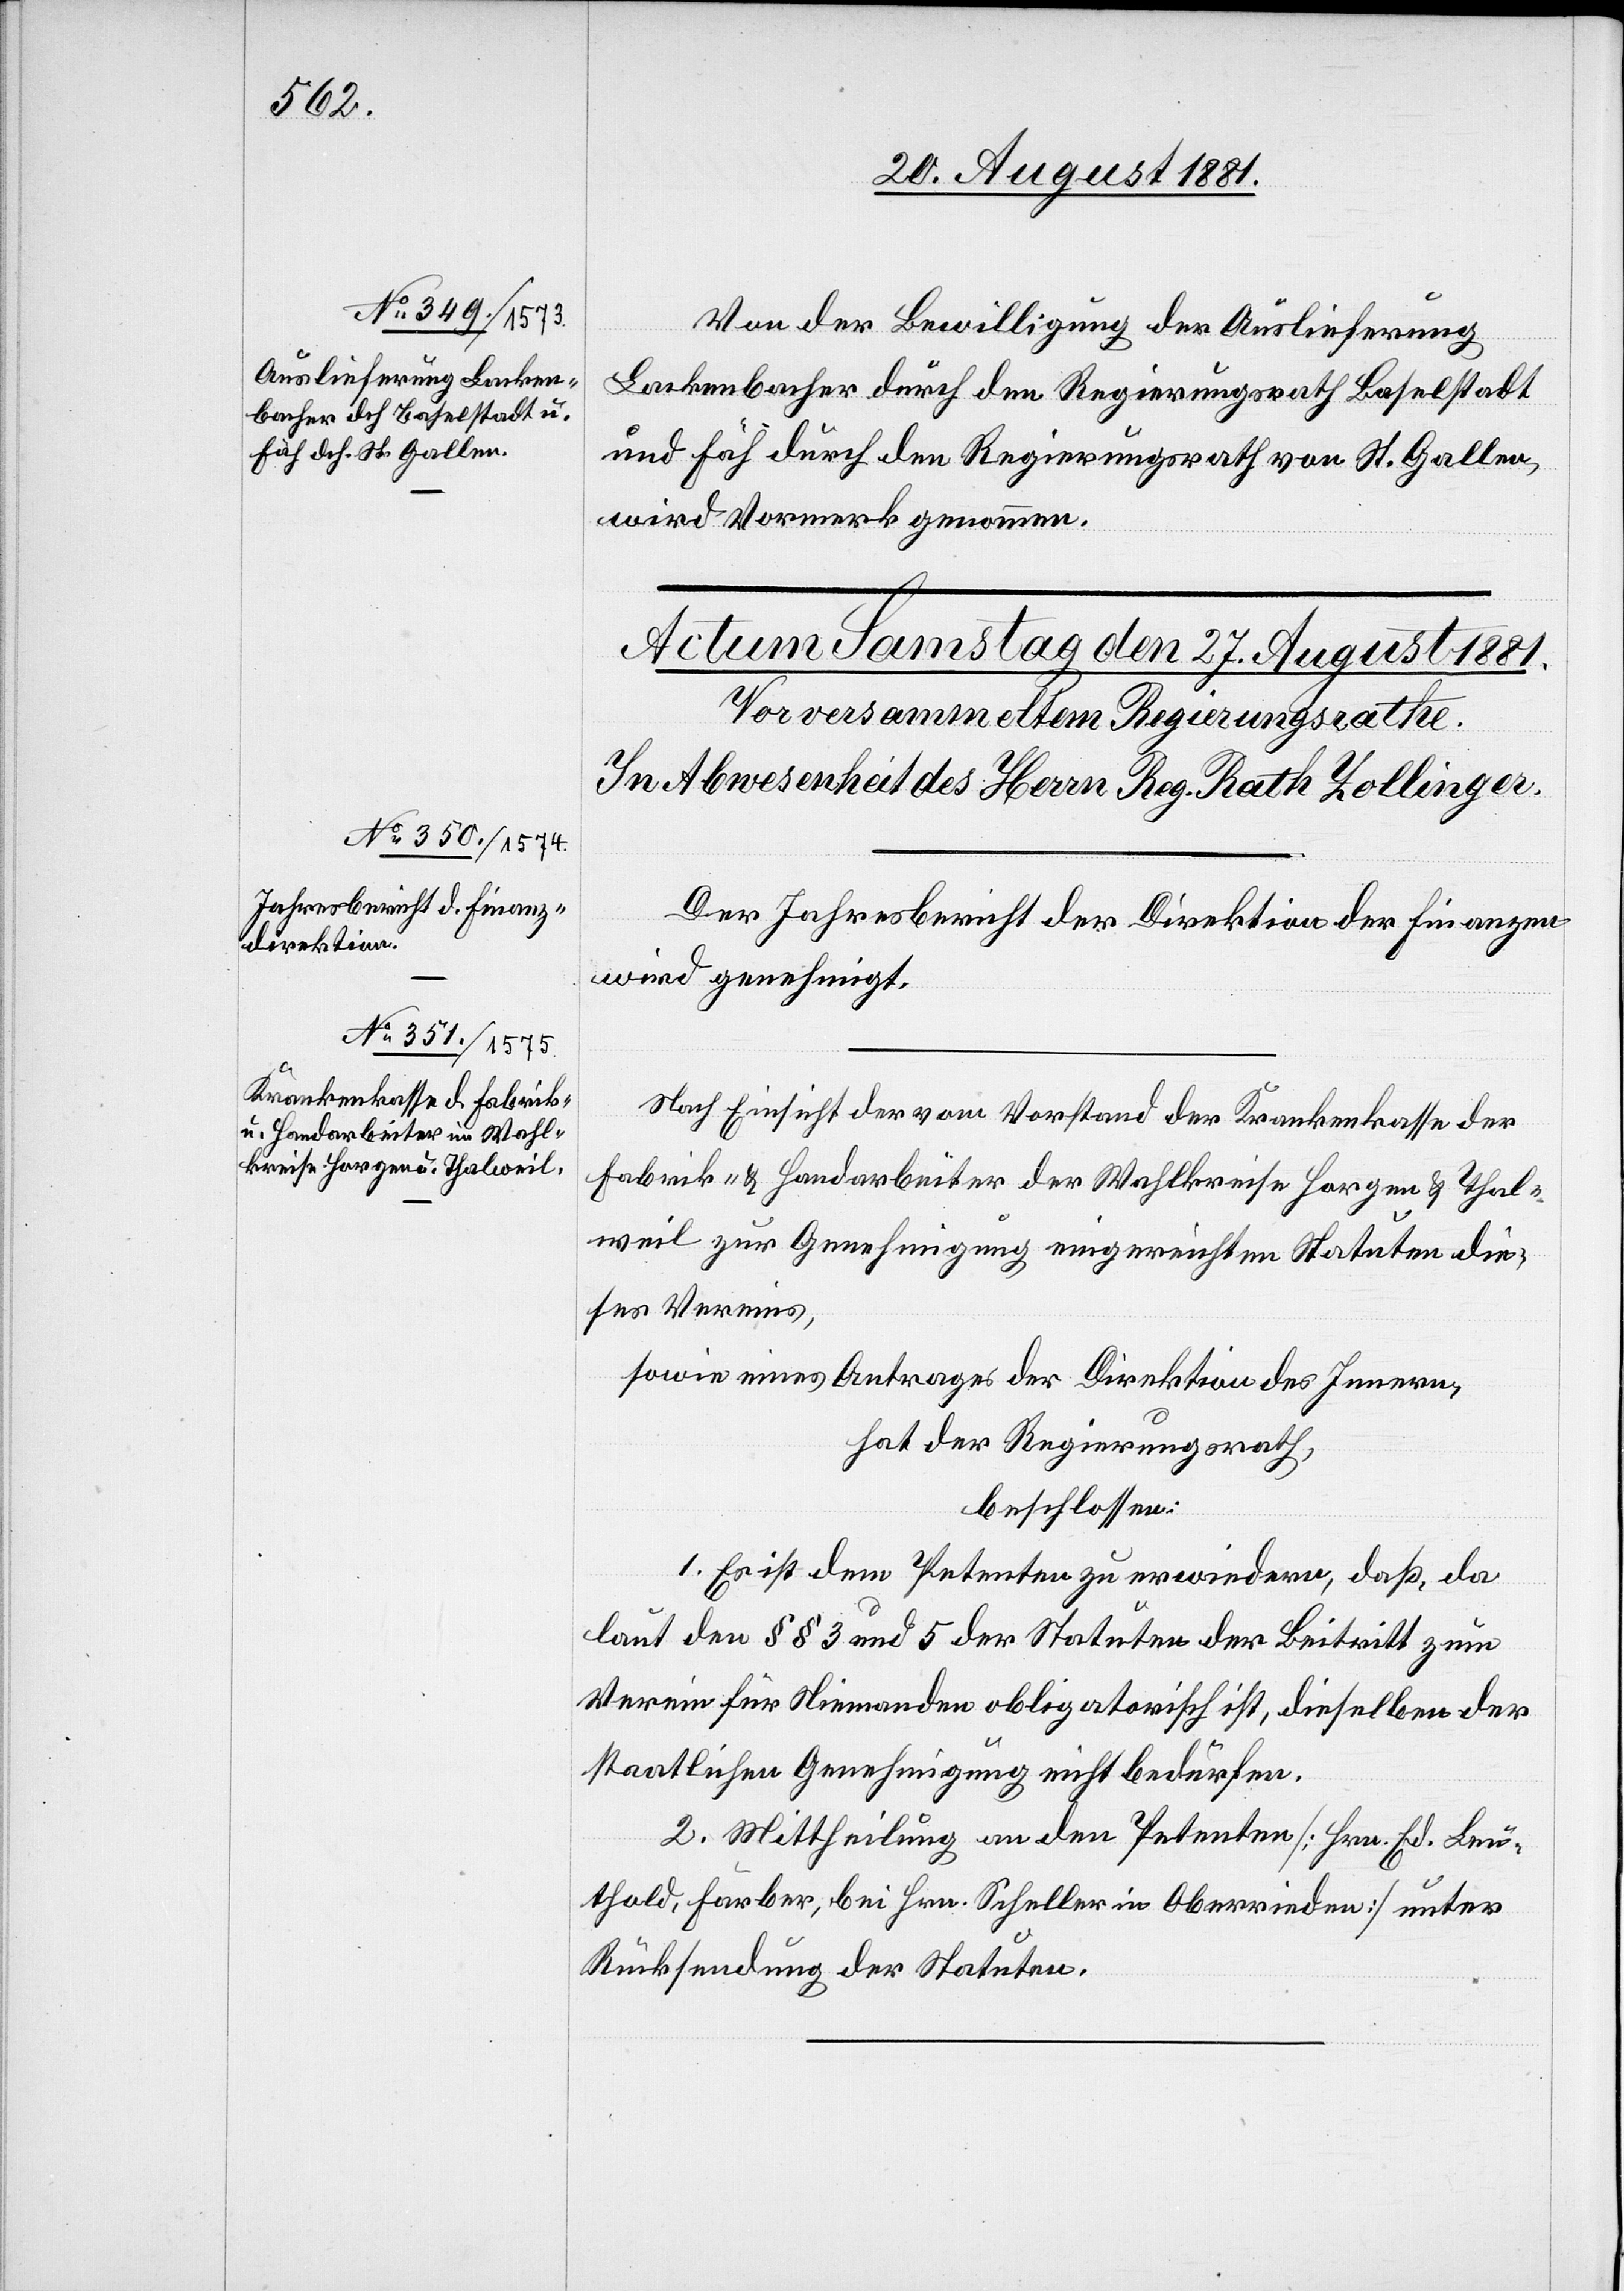
24. August 1881.]
Von der Bewilligung der Auslieferung
Lackenbacher durch den Regierungsrath Baselstadt
und Fäh durch der Regierungsrath von St. Gallen,
wird Vormerk genommen.
Der Jahresbericht der Direktion der Finanzen
wird genehmigt.
Nach Einsicht der vom Vorstand der Krankenkasse der
Fabrik- & Handarbeiter der Wahlkreise Horgen & Tahl¬
weil zur Genehmigung eingereichten Statuen die¬
ses Vereins,
sowie eines Antrages der Direktion des Innern,
hat der Regierungsrath,
beschlossen:
1. Es ist dem Petenten zu erwiedern, daß da
laut den §§ 3 und 5 der Statuten der Beitritt zum
Verein für Niemanden obligatorisch ist, dieselben der
staatlichen Genehmigung nicht bedürfen.
2. Mittheilung an den Petenten [Hrn. Ed. Leu¬
thold, Färber, bei Hrn. Schuller in Oberrieden] unter
Rücksendung der Statuten.